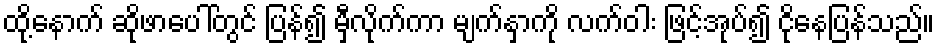
ထို့နောက် ဆိုဖာပေါ်တွင် ပြန်၍ မှီလိုက်ကာ မျက်နှာကို လက်ဝါး ဖြင့်အုပ်၍ ငိုနေပြန်သည်။